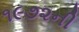
૧૯૭૨ની